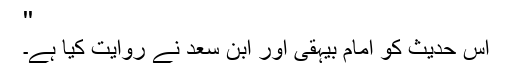
''
اِس حدیث کو امام بیہقی اور ابن سعد نے روایت کیا ہے۔